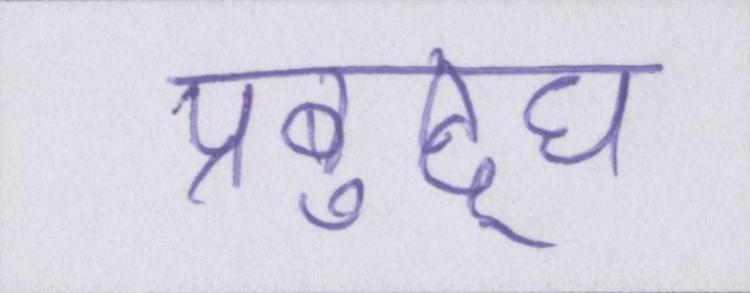
प्रबुद्घ